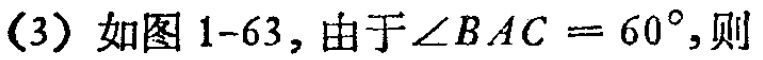
(3) 如图1-63,由于$\angle BAC = 60^{\circ}$,则